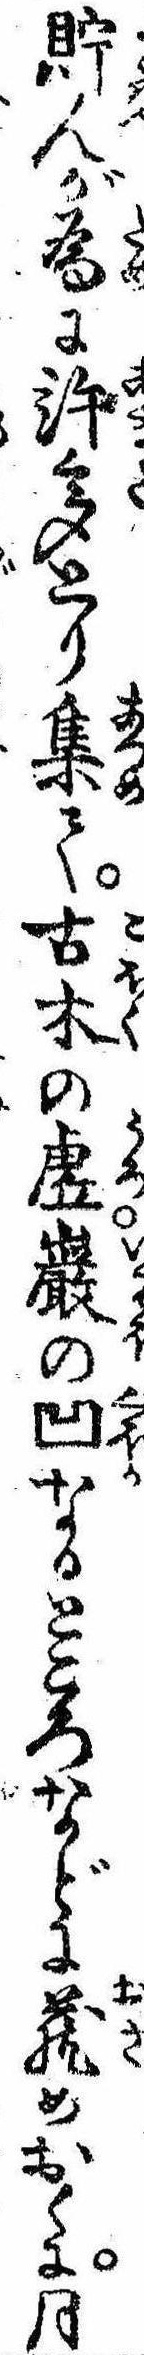
貯んが為に許多とり集て古木の虚巌の凹なるところなどに蔵めおくに月